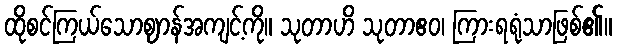
ထိုစင်ကြယ်သောဈာန်အကျင့်ကို။ သုတာဟိ သုတာဧဝ၊ ကြားရရုံသာဖြစ်၏။